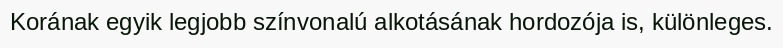
Korának egyik legjobb színvonalú alkotásának hordozója is, különleges.